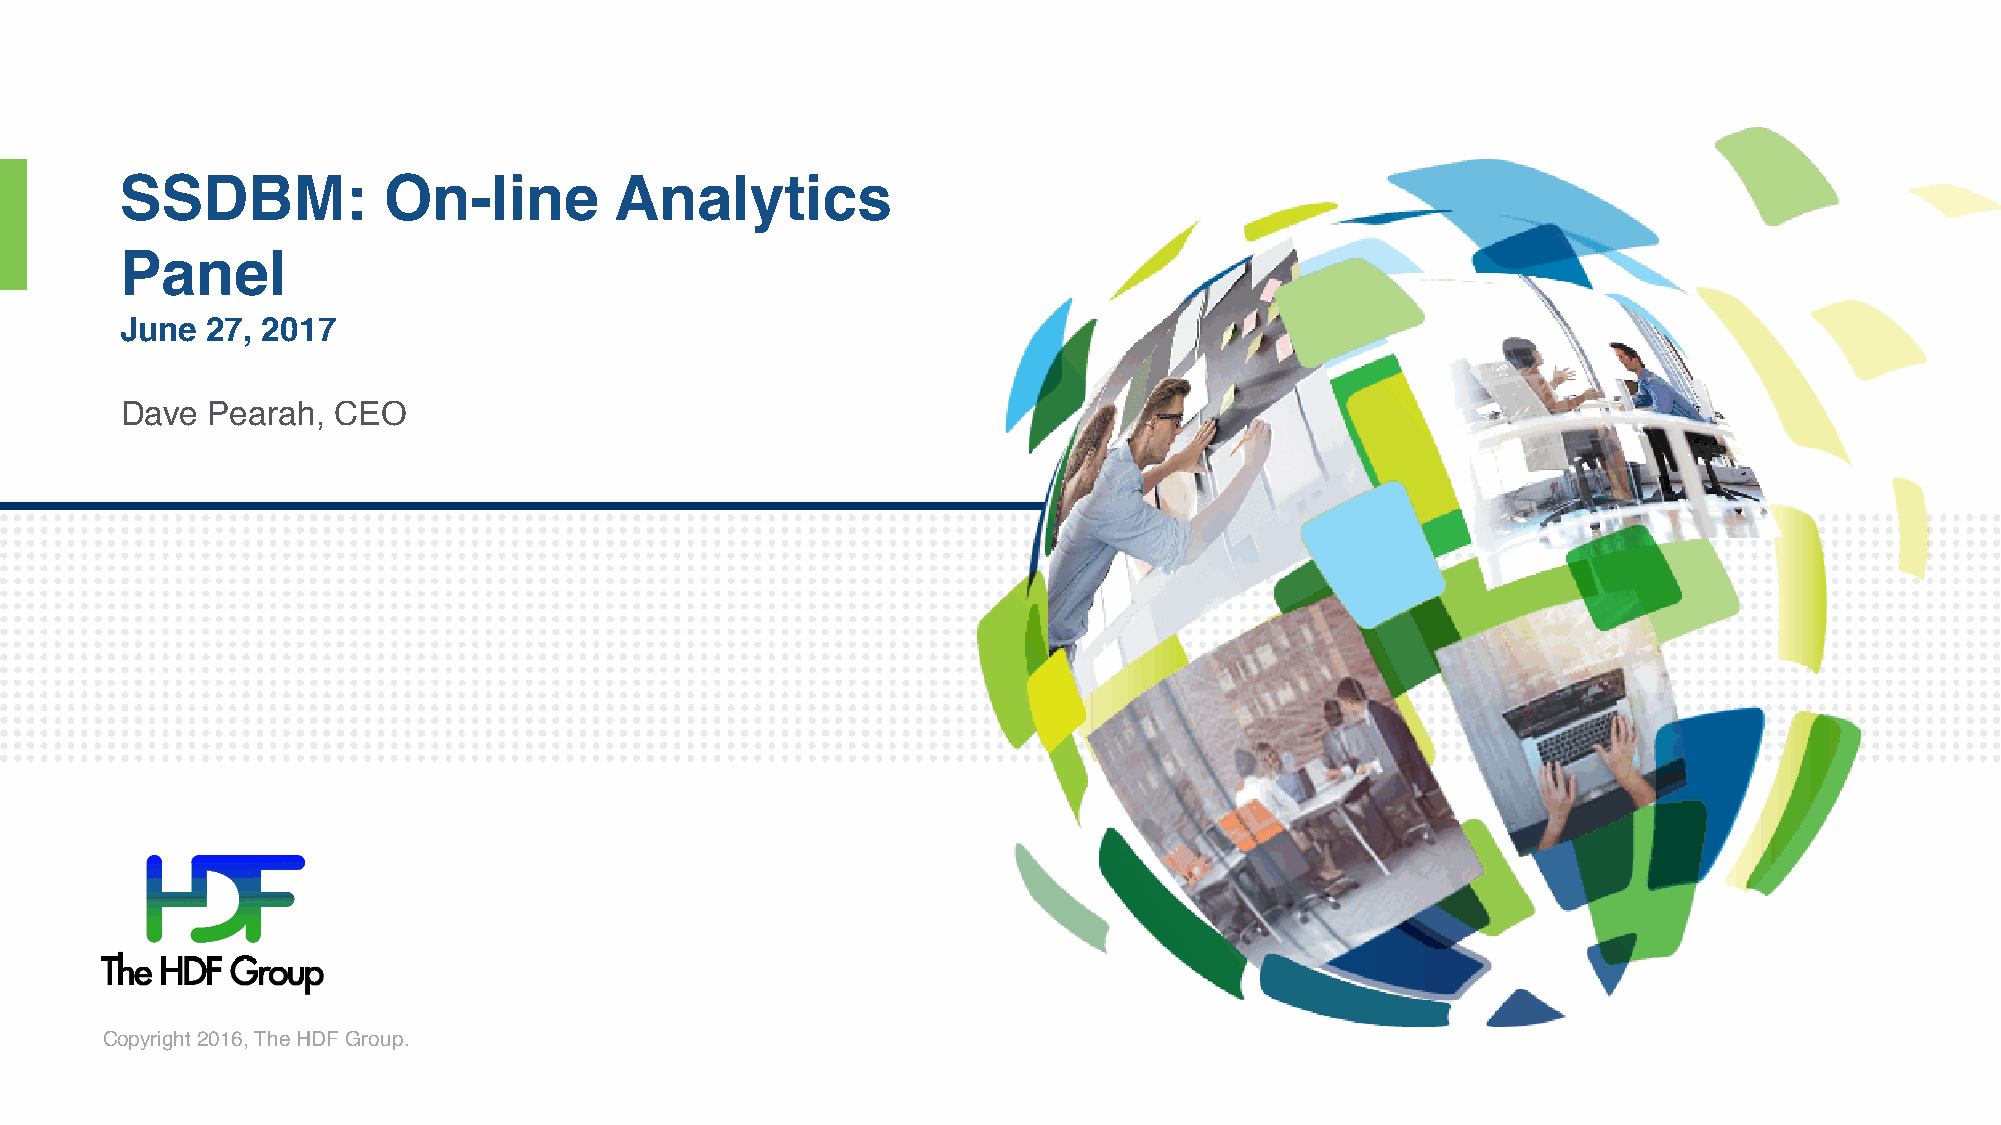
SSDBM:           On-line         Analytics
 Panel
 June  27, 2017
 Dave  Pearah, CEO
 Copyright 2016, The HDF Group.